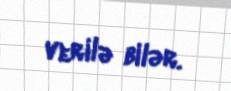
verilə bilər.